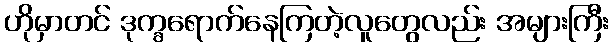
ဟိုမှာတင် ဒုက္ခရောက်နေကြတဲ့လူတွေလည်း အများကြီး